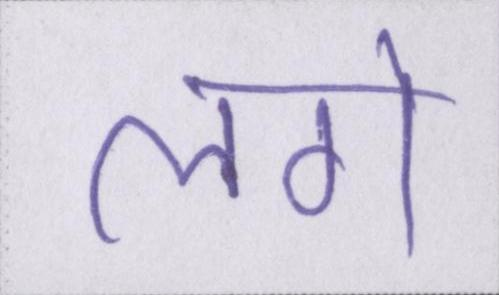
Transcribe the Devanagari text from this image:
लगे